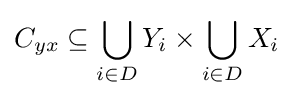
C_{yx}\subseteq \bigcup _{i\in D}Y_{i}\times \bigcup _{i\in D}X_{i}